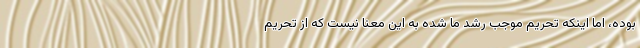
بوده، اما اینکه تحریم موجب رشد ما شده به این معنا نیست که از تحریم